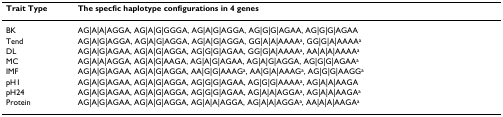
| Trait Type | The specfic haplotype configurations in 4 genes |
 | --- | --- |
 | BK | AG|A|A|AGGA, AG|A|G|GGGA, AG|A|G|AGGA, AG|G|G|AGAA, AG|G|G|AGAA |
 | Tend | AG|A|G|AGGA, AG|A|G|AGGA, AG|A|G|AGGA, GG|A|A|AAAAa, GG|G|A|AAAAa |
 | DL | AG|A|G|AGAA, AG|A|G|AGGA, AG|G|G|AGAA, GG|G|A|AAAAa, AA|A|A|AAAAa |
 | MC | AG|A|A|AGGA, AG|A|G|AAGA, AG|A|G|AGAA, AG|A|G|AGGA, AG|G|G|AGAAa |
 | IMF | AG|A|G|AGAA, AG|A|G|AGGA, AA|G|G|AAAGa, AA|G|A|AAAGa, AG|G|G|AAGGa |
 | pH1 | AG|A|G|AGAA, AG|A|G|AGGA, AG|G|G|AGAA, AG|G|G|AAAAa, AG|A|A|AAGA |
 | pH24 | AG|A|G|AGAA, AG|A|G|AGGA, AG|G|G|AGAA, AG|A|A|AGGAa, AG|A|A|AAGAa |
 | Protein | AG|A|G|AGAA, AG|A|G|AGGA, AG|A|A|AGGA, AG|A|A|AGGAa, AA|A|A|AAGAa |